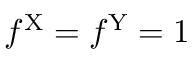
f ^ { \mathrm { X } } = f ^ { \mathrm { Y } } = 1